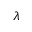
\lambda